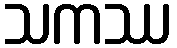
သကဿ